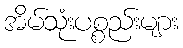
အိမ်သုံးပစ္စည်းများ